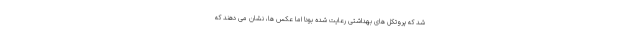
شد که پروتکل های بهداشتی رعایت شده بود! اما عکس ها، نشان می دهند که